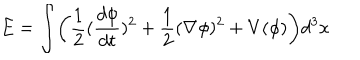
LaTeX: E = \int \biggl ( \frac 1 2 ( \frac { d \phi } { d t } ) ^ { 2 } + \frac 1 2 ( \nabla \phi ) ^ { 2 } + V ( \phi ) \biggr ) d ^ { 3 } x